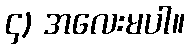
၄) အလေးမပါ။